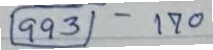
(993) - 170